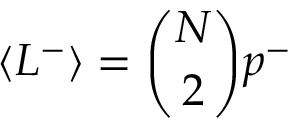
\langle L ^ { - } \rangle = \binom { N } { 2 } p ^ { - }